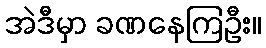
အဲဒီမှာ ခဏနေကြဦး။